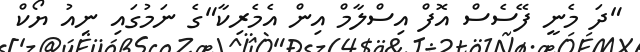
"ދަ މެނީ ފޭސެސް އޮފް އިސްލާމް އިން އެމެރިކާ"ގެ ނަމުގައި ނިއު ޔޯކް